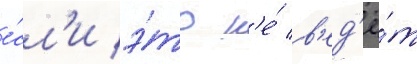
е́сл'и э́то н'е́ в'ед'ё́т